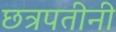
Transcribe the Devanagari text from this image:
छत्रपतीनी